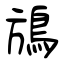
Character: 鴋